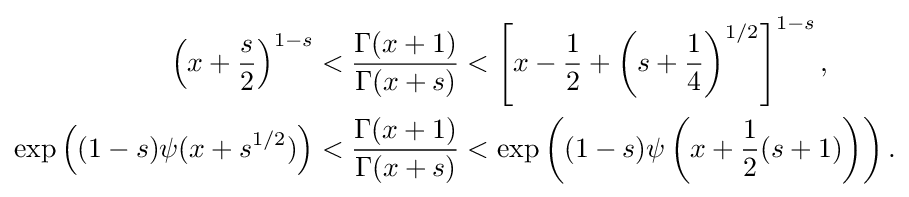
{\begin{aligned}\left(x+{\frac {s}{2}}\right)^{1-s}&<{\frac {\Gamma (x+1)}{\Gamma (x+s)}}<\left[x-{\frac {1}{2}}+\left(s+{\frac {1}{4}}\right)^{1/2}\right]^{1-s},\\\exp \left((1-s)\psi (x+s^{1/2})\right)&<{\frac {\Gamma (x+1)}{\Gamma (x+s)}}<\exp \left((1-s)\psi \left(x+{\frac {1}{2}}(s+1)\right)\right).\end{aligned}}